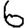
Digit: 6